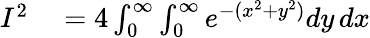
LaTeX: \begin{array}{rl}{I^{2}}&{{}=4\int_{0}^{\infty}\int_{0}^{\infty}e^{-(x^{2}+y^{2})}dy\, dx}\end{array}